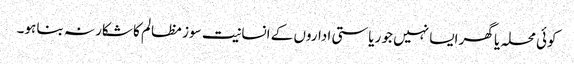
کوئی محلہ یا گھر ایسا نہیں جو ریاستی اداروں کے انسانیت سوز مظالم کا شکار نہ بنا ہو۔